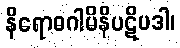
နိရောဓဂါမိနိပဋိပဒါ၊